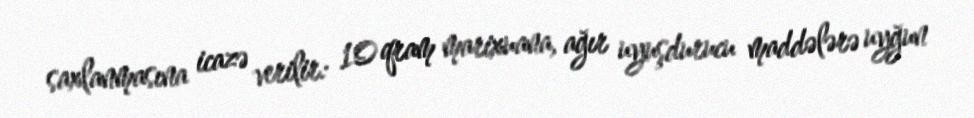
saxlanmasına icazə verilir: 10 qram marixuana, ağır uyuşdurucu maddələrə uyğun